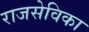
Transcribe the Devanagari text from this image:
राजसेविका